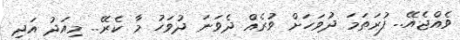
ވެއްޖެއޭ.. ފުރަތަމަ ދުވަހަށް ވުރެއް ދެވަނަ ދުވަހު މާ ކެރޭ.. މިއަދު އަދި